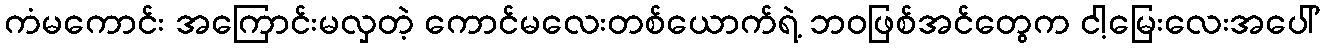
ကံမကောင်း အကြောင်းမလှတဲ့ ကောင်မလေးတစ်ယောက်ရဲ့ ဘဝဖြစ်အင်တွေက ငါ့မြေးလေးအပေါ်